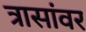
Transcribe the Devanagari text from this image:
त्रासांवर